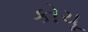
કોચૂ